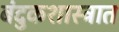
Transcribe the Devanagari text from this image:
बंदुकशास्त्रात